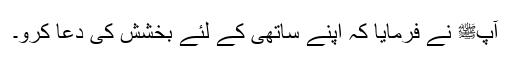
آپﷺ نے فرمایا کہ اپنے ساتھی کے لئے بخشش کی دعا کرو۔